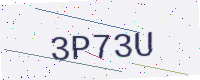
Text: 3P73U